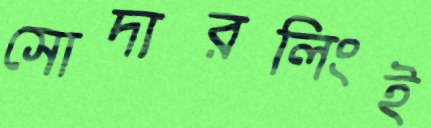
সোদারলিংই